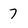
Character: 7